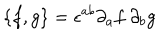
\{ f , g \} = \epsilon ^ { a b } \partial _ { a } f ~ \partial _ { b } g